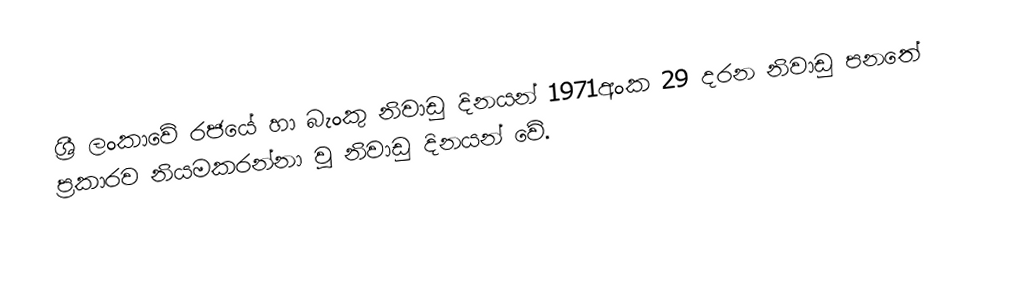
ශ්‍රී ලංකාවේ රජයේ හා බැංකු නිවාඩු දිනයන් 1971අංක 29 දරන නිවාඩු පනතේ  ප්‍රකාරව නියමකරන්නා වූ නිවාඩු දිනයන් වේ.